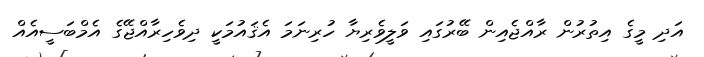
އަދި މީގެ އިތުރުން ރާއްޖެއިން ބޭރުގައި ވަލީވެރިޔާ ހުރިނަމަ އެޤައުމަކީ ދިވެހިރާއްޖޭގެ އެމްބަސީއެއް